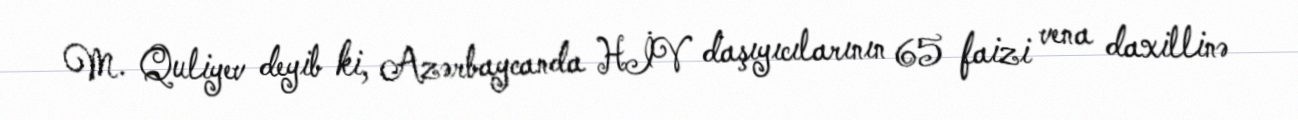
M. Quliyev deyib ki, Azərbaycanda HİV daşıyıcılarının 65 faizi vena daxillinə